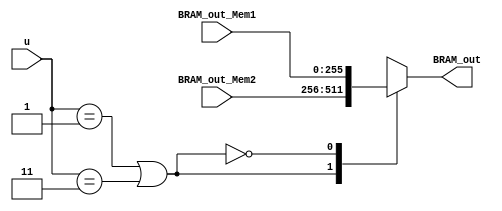
module mux_input_2_1  #(parameter N_adder_tree=16)(BRAM_out,BRAM_out_Mem1,BRAM_out_Mem2,u);

  output reg  [N_adder_tree*16-1:0] BRAM_out;
  input  [N_adder_tree*16-1:0] BRAM_out_Mem1,BRAM_out_Mem2;
  input [2:0] u;

always@(*)

	case(u==1||u==3)
		1'b1: BRAM_out=BRAM_out_Mem2;
		1'b0: BRAM_out=BRAM_out_Mem1;
	endcase	
endmodule